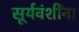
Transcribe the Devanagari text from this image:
सूर्यवंशींना